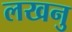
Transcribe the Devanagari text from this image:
लखनु